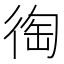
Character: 𢔇